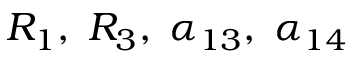
R _ { 1 } , \; R _ { 3 } , \; \alpha _ { 1 3 } , \; \alpha _ { 1 4 }